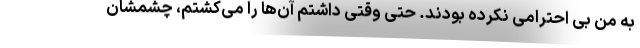
به من بی احترامی نکرده بودند. حتی وقتی داشتم آن‌ها را می‌کشتم، چشمشان